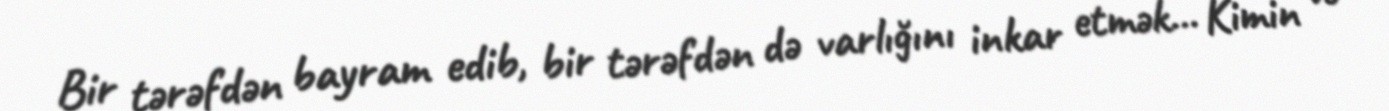
Bir tərəfdən bayram edib, bir tərəfdən də varlığını inkar etmək... Kimin və